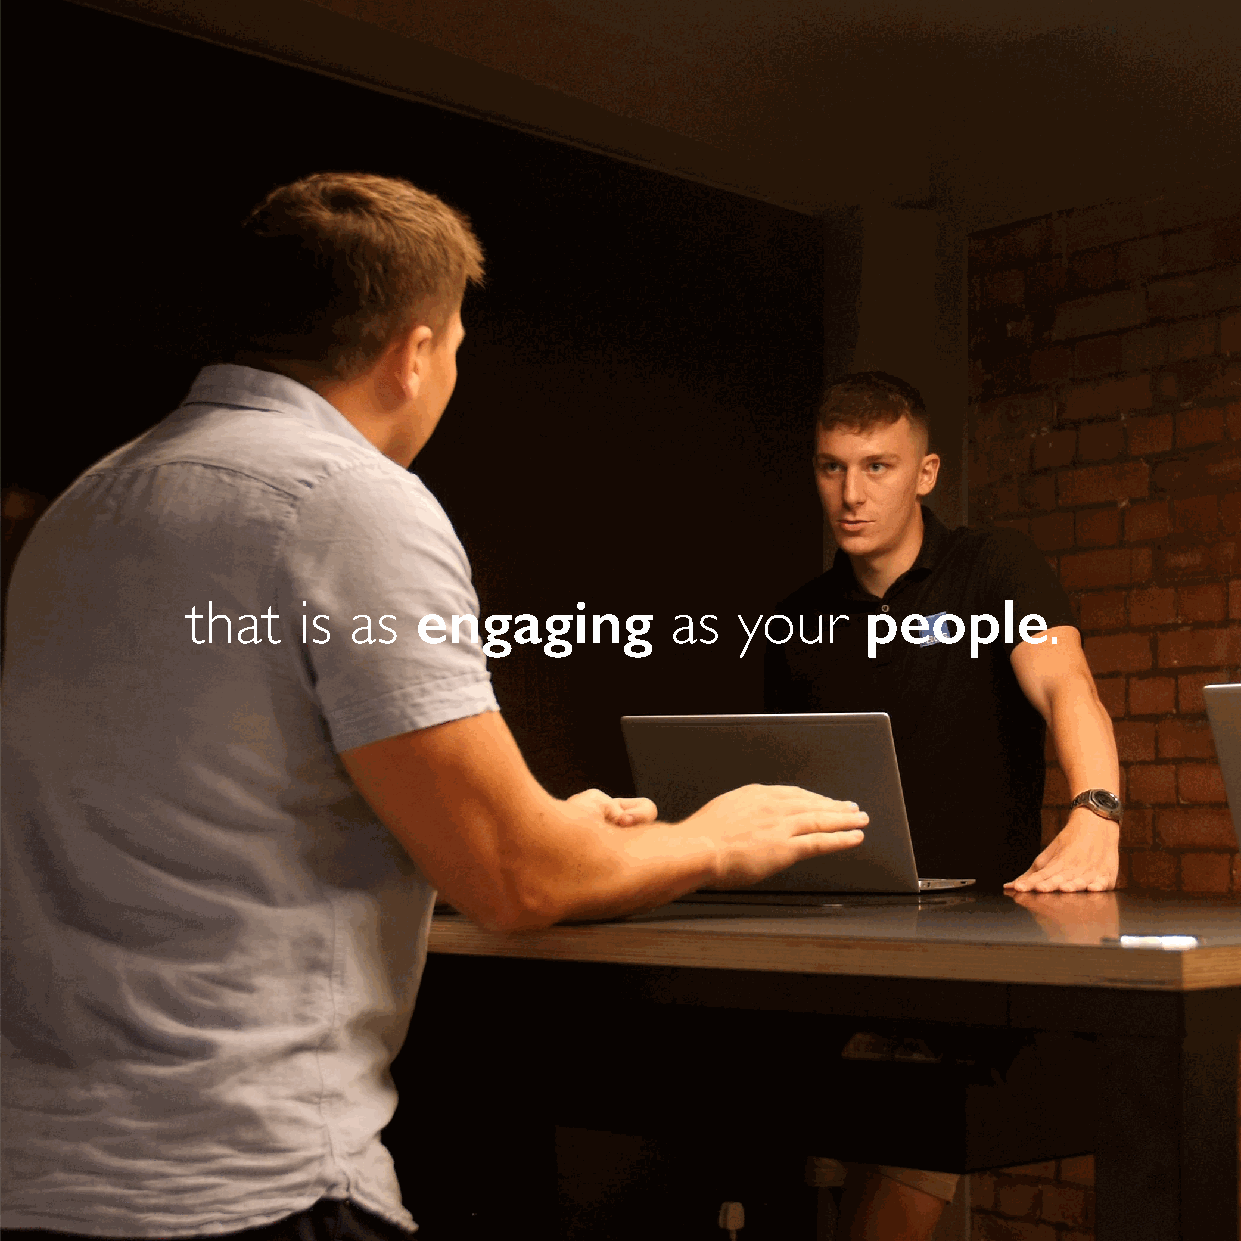
engaging                     people
 that    is as                   as   your                .